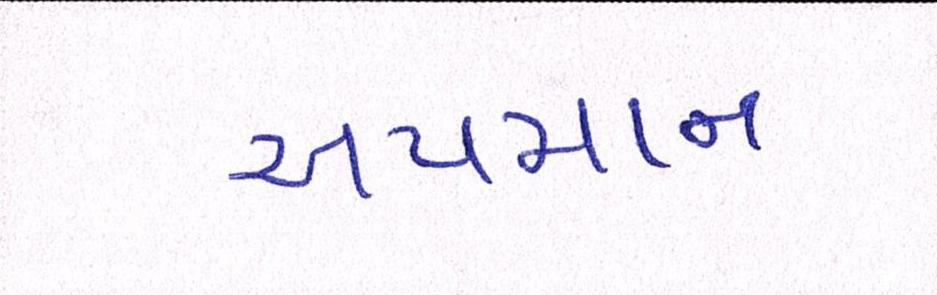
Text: અપમાન